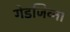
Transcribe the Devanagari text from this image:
गेडजिव्ना